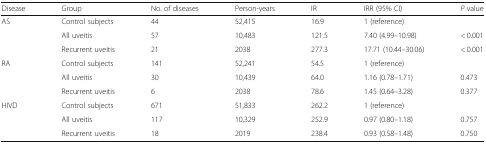
| Disease | Group | No. of diseases | Person-years | IR | IRR (95% CI) | P value |
 | --- | --- | --- | --- | --- | --- | --- |
 | <ROWSPAN=3> AS | Control subjects | 44 | 52,415 | 16.9 | 1 (reference) |  |
 | All uveitis | 57 | 10,483 | 121.5 | 7.40 (4.99–10.98) | < 0.001 |
 | Recurrent uveitis | 21 | 2038 | 277.3 | 17.71 (10.44–30.06) | < 0.001 |
 | <ROWSPAN=3> RA | Control subjects | 141 | 52,241 | 54.5 | 1 (reference) |  |
 | All uveitis | 30 | 10,439 | 64.0 | 1.16 (0.78–1.71) | 0.473 |
 | Recurrent uveitis | 6 | 2038 | 78.6 | 1.45 (0.64–3.28) | 0.377 |
 | <ROWSPAN=3> HIVD | Control subjects | 671 | 51,833 | 262.2 | 1 (reference) |  |
 | All uveitis | 117 | 10,329 | 252.9 | 0.97 (0.80–1.18) | 0.757 |
 | Recurrent uveitis | 18 | 2019 | 238.4 | 0.93 (0.58–1.48) | 0.750 |